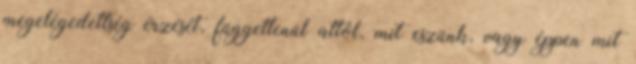
megelégedettség érzését, függetlenül attól, mit eszünk, vagy éppen mit